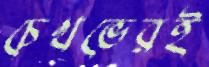
চেখভেরই